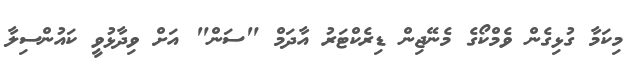
މިކަމާ ގުޅިގެން ވެމްކޯގެ މެނޭޖިން ޑިރެކްޓަރު އާދަމް "ސަން" އަށް ވިދާޅުވީ ކައުންސިލާ